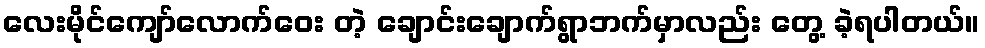
လေးမိုင်ကျော်လောက်ဝေး တဲ့ ချောင်းချောက်ရွာဘက်မှာလည်း တွေ့ ခဲ့ရပါတယ်။